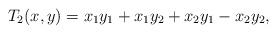
LaTeX: \begin{align*}T_{2}(x,y)=x_{1}y_{1}+x_{1}y_{2}+x_{2}y_{1}-x_{2}y_{2}, \end{align*}